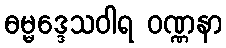
ဓမ္မဒ္ဒေသဝါရ ဝဏ္ဏနာ